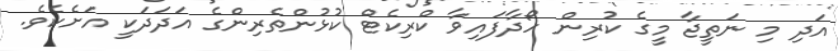
އަދި މި ނަތީޖާ މީގެ ކުރިން ހޯދާފައިވާ ކްރިކެޓް ކުޅުންތެރިންގެ އަދަދަކީ އަށެކެވެ.